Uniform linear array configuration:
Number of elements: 64
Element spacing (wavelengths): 0.75
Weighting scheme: cosine
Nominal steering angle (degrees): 45
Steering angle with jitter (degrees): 45.307
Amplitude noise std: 0.05
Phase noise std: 0.05

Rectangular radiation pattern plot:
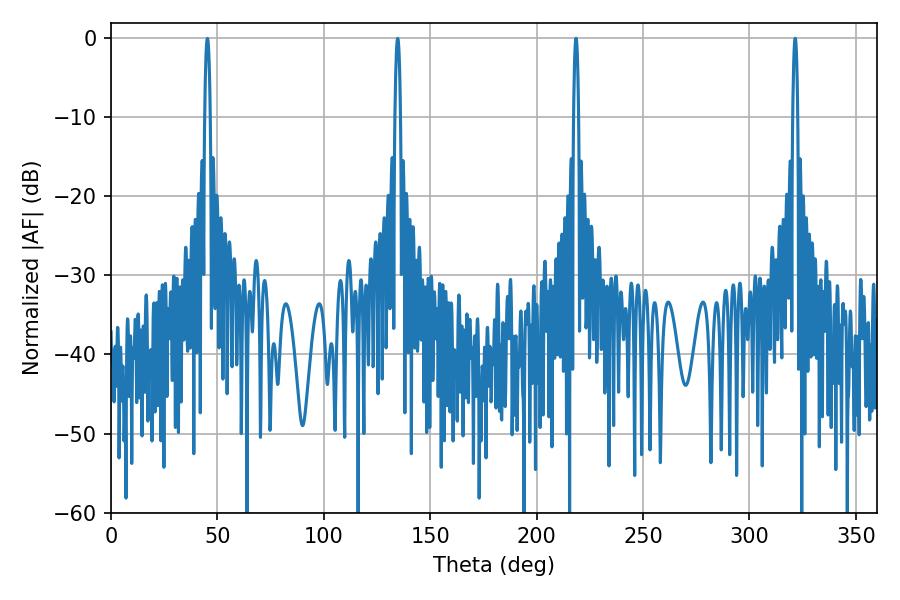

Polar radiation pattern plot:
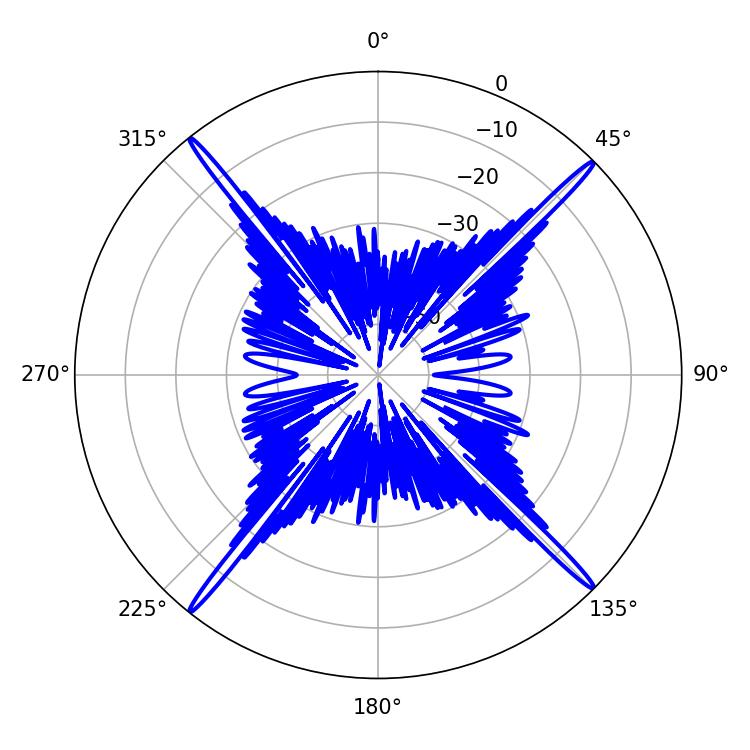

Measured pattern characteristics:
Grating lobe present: TRUE
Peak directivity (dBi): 23.487
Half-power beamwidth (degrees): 1.08
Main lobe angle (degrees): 218.52